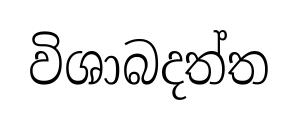
විශාබදත්ත